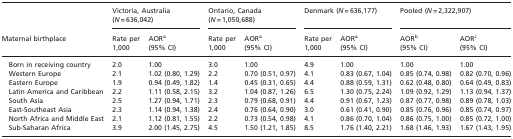
<table><thead><tr><td></td><td colspan="2"><b>Victoria, Australia (<i>N</i> = 636,042)</b></td><td colspan="2"><b>Ontario, Canada (<i>N</i> = 1,050,688)</b></td><td colspan="2"><b>Denmark (<i>N</i> = 636,177)</b></td><td colspan="2"><b>Pooled (<i>N</i> = 2,322,907)</b></td></tr><tr><td><b>Maternal birthplace</b></td><td><b>Rate per 1,000</b></td><td><b>AOR<sup>a</sup> (95% CI)</b></td><td><b>Rate per 1,000</b></td><td><b>AOR<sup>a</sup> (95% CI)</b></td><td><b>Rate per 1,000</b></td><td><b>AOR<sup>a</sup> (95% CI)</b></td><td><b>AOR<sup>b</sup> (95% CI)</b></td><td><b>AOR<sup>c</sup> (95% CI)</b></td></tr></thead><tbody><tr><td>Born in receiving country</td><td>2.0</td><td>1.00</td><td>3.0</td><td>1.00</td><td>4.9</td><td>1.00</td><td>1.00</td><td>1.00</td></tr><tr><td>Western Europe</td><td>2.1</td><td>1.02 (0.80, 1.29)</td><td>2.2</td><td>0.70 (0.51, 0.97)</td><td>4.1</td><td>0.83 (0.67, 1.04)</td><td>0.85 (0.74, 0.98)</td><td>0.82 (0.70, 0.96)</td></tr><tr><td>Eastern Europe</td><td>1.9</td><td>0.94 (0.49, 1.82)</td><td>1.4</td><td>0.45 (0.31, 0.65)</td><td>4.4</td><td>0.88 (0.59, 1.31)</td><td>0.62 (0.48, 0.80)</td><td>0.64 (0.49, 0.83)</td></tr><tr><td>Latin America and Caribbean</td><td>2.2</td><td>1.11 (0.58, 2.15)</td><td>3.2</td><td>1.04 (0.87, 1.26)</td><td>6.5</td><td>1.30 (0.75, 2.24)</td><td>1.09 (0.92, 1.29)</td><td>1.13 (0.94, 1.37)</td></tr><tr><td>South Asia</td><td>2.5</td><td>1.27 (0.94, 1.71)</td><td>2.3</td><td>0.79 (0.68, 0.91)</td><td>4.4</td><td>0.91 (0.67, 1.23)</td><td>0.87 (0.77, 0.98)</td><td>0.89 (0.78, 1.03)</td></tr><tr><td>East-Southeast Asia</td><td>2.3</td><td>1.14 (0.94, 1.38)</td><td>2.4</td><td>0.76 (0.64, 0.90)</td><td>3.0</td><td>0.61 (0.41, 0.90)</td><td>0.85 (0.76, 0.96)</td><td>0.85 (0.74, 0.97)</td></tr><tr><td>North Africa and Middle East</td><td>2.1</td><td>1.12 (0.81, 1.55)</td><td>2.2</td><td>0.73 (0.54, 0.98)</td><td>4.1</td><td>0.86 (0.70, 1.04)</td><td>0.86 (0.75, 1.00)</td><td>0.85 (0.72, 1.00)</td></tr><tr><td>Sub-Saharan Africa</td><td>3.9</td><td>2.00 (1.45, 2.75)</td><td>4.5</td><td>1.50 (1.21, 1.85)</td><td>8.5</td><td>1.76 (1.40, 2.21)</td><td>1.68 (1.46, 1.93)</td><td>1.67 (1.43, 1.95)</td></tr></tbody></table>